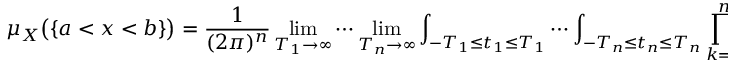
\mu _ { X } { \big ( } \{ a < x < b \} { \big ) } = { \frac { 1 } { ( 2 \pi ) ^ { n } } } \operatorname* { l i m } _ { T _ { 1 } \to \infty } \cdots \operatorname* { l i m } _ { T _ { n } \to \infty } \int _ { - T _ { 1 } \leq t _ { 1 } \leq T _ { 1 } } \cdots \int _ { - T _ { n } \leq t _ { n } \leq T _ { n } } \prod _ { k = 1 } ^ { n } \left( { \frac { e ^ { - i t _ { k } a _ { k } } - e ^ { - i t _ { k } b _ { k } } } { i t _ { k } } } \right) \varphi _ { X } ( t ) \lambda ( d t _ { 1 } \times \cdots \times d t _ { n } )